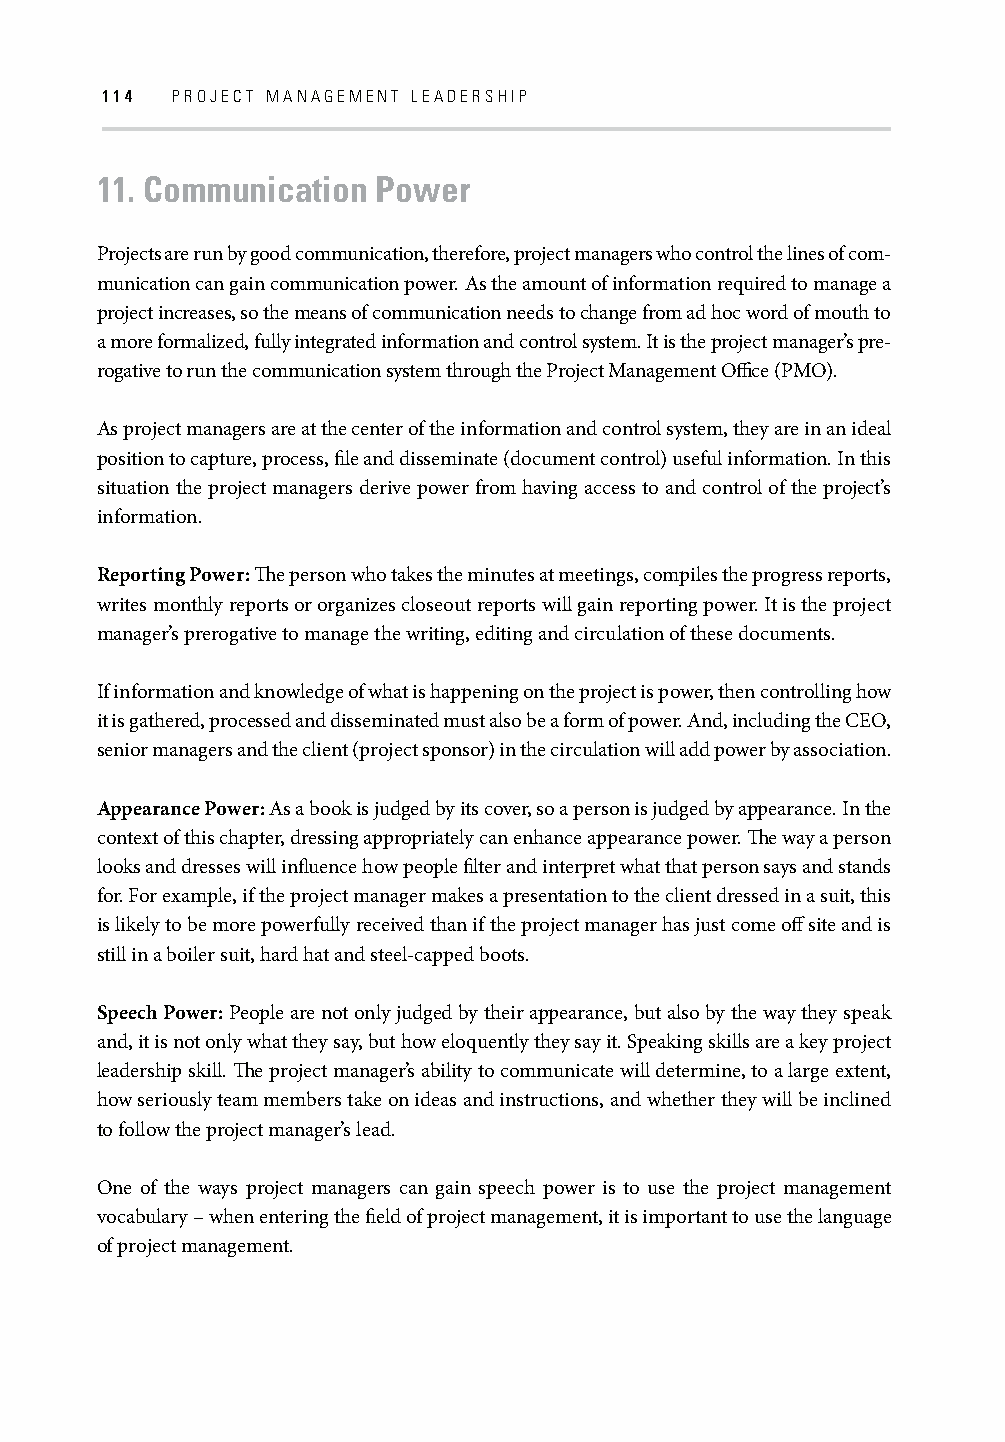
114 PROJECT MANAGEMENT LEADERSHIP
 11. Communication  Power
 Projects are run by good communication, therefore, project managers who control the lines of com-
 munication can gain communication power. As the amount of information required to manage a
 project increases, so the means of communication needs to change from ad hoc word of mouth to
 a more formalized, fully integrated information and control system. It is the project manager’s pre-
 rogative to run the communication system through the Project Management Offi ce (PMO).
 As project managers are at the center of the information and control system, they are in an ideal
 position to capture, process, fi le and disseminate (document control) useful information. In this
 situation the project managers derive power from having access to and control of the project’s
 information.
 Reporting Power: Th e person who takes the minutes at meetings, compiles the progress reports,
 writes monthly reports or organizes closeout reports will gain reporting power. It is the project
 manager’s prerogative to manage the writing, editing and circulation of these documents.
 If information and knowledge of what is happening on the project is power, then controlling how
 it is gathered, processed and disseminated must also be a form of power. And, including the CEO,
 senior managers and the client (project sponsor) in the circulation will add power by association.
 Appearance Power: As a book is judged by its cover, so a person is judged by appearance. In the
 context of this chapter, dressing appropriately can enhance appearance power. Th e way a person
 looks and dresses will infl uence how people fi lter and interpret what that person says and stands
 for. For example, if the project manager makes a presentation to the client dressed in a suit, this
 is likely to be more powerfully received than if the project manager has just come off site and is
 still in a boiler suit, hard hat and steel-capped boots.
 Speech Power: People are not only judged by their appearance, but also by the way they speak
 and, it is not only what they say, but how eloquently they say it. Speaking skills are a key project
 leadership skill. Th e project manager’s ability to communicate will determine, to a large extent,
 how seriously team members take on ideas and instructions, and whether they will be inclined
 to follow the project manager’s lead.
 One of the ways project managers can gain speech power is to use the project management
 vocabulary – when entering the fi eld of project management, it is important to use the language
 of project management.